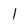
Character: 1